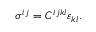
\sigma ^ { i j } = C ^ { i j k l } \varepsilon _ { k l } .